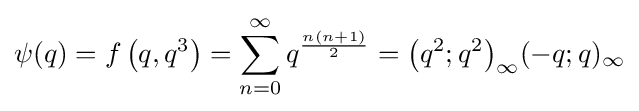
\psi (q)=f\left(q,q^{3}\right)=\sum _{n=0}^{\infty }q^{\frac {n(n+1)}{2}}={\left(q^{2};q^{2}\right)_{\infty }}{(-q;q)_{\infty }}